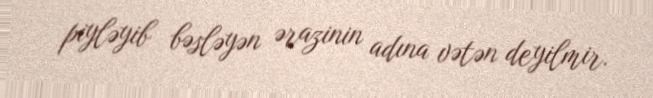
piyləyib bəsləyən ərazinin adına vətən deyilmir.